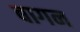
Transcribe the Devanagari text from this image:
बागन